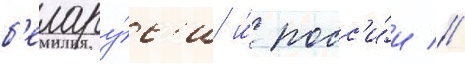
б'елару́с'и и́ росс'и́и //